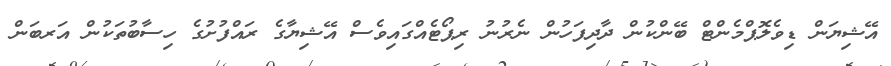
އޭޝިޔަން ޑިވެލޮޕްމެންޓް ބޭންކުން ދާދިފަހުން ނެރުނު ރިޕޯޓެއްގައިވެސް އޭޝިޔާގެ ރައްފުށުގެ ހިސާބުތަކުން އަރބަން